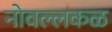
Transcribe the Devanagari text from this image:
नोवल्लकळ